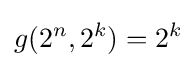
g(2^{n},2^{k})=2^{k}